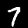
Label: 7